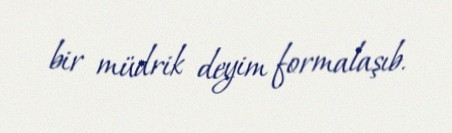
bir müdrik deyim formalaşıb.